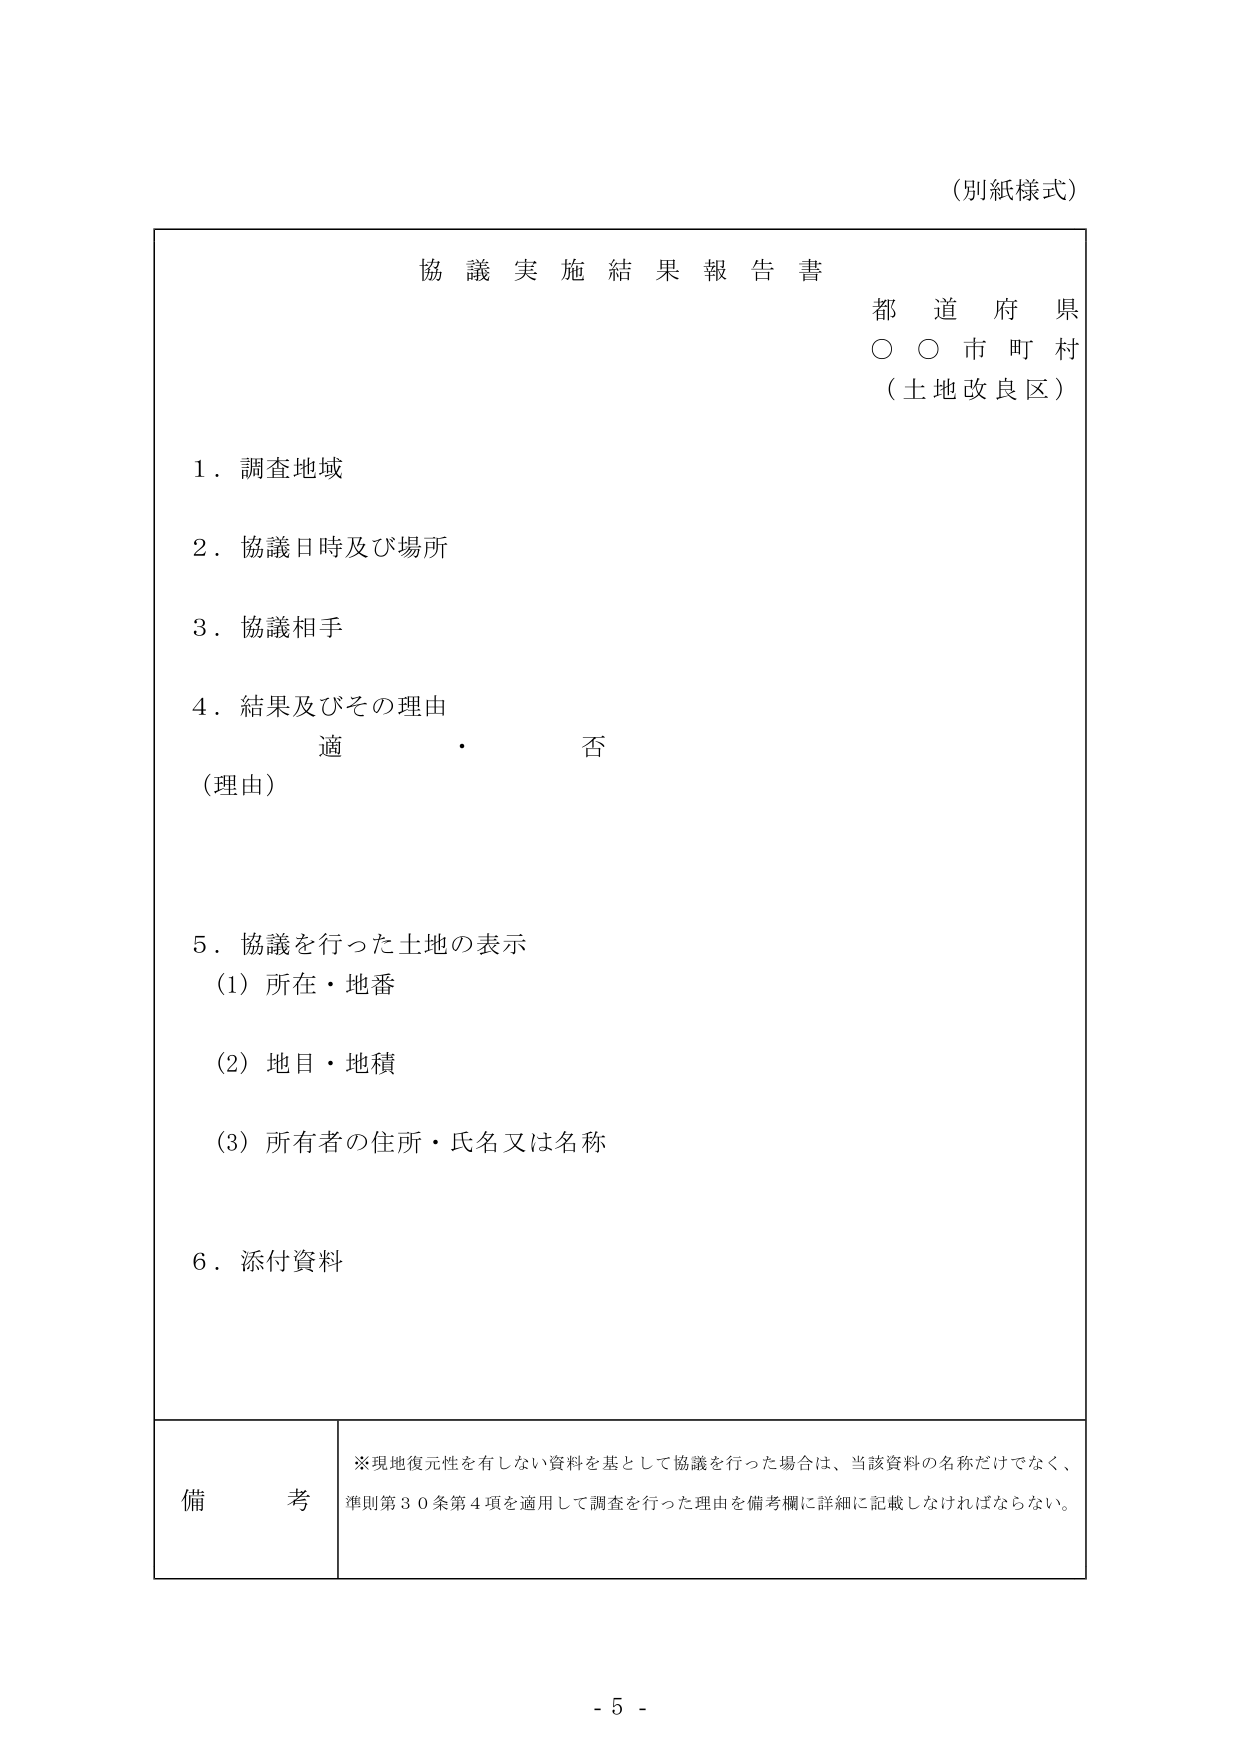
(別紙様式)

協議実施結果報告書
都道府県
○○市町村
（土地改良区）

１．調査地域

２．協議日時及び場所

３．協議相手

４．結果及びその理由
　　適　　　・　　　否
（理由）

５．協議を行った土地の表示
　　(1) 所在・地番
　　(2) 地目・地積
　　(3) 所有者の住所・氏名又は名称

６．添付資料

備考
※現地復元性を有しない資料を基として協議を行った場合は、当該資料の名称だけでなく、
準則第30条第4項を適用して調査を行った理由を備考欄に詳細に記載しなければならない。

- 5 -